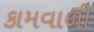
કામવાળી